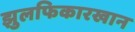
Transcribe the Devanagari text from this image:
झुलफिकारखान